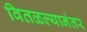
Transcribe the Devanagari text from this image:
वितळल्यानंतर